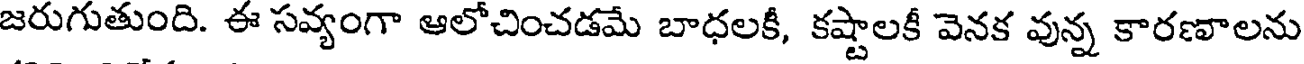
జరుగుతుంది. ఈ సవ్యంగా ఆలోచించడమే బాధలకీ, కష్టాలకీ వెనక వున్న కారణాలను